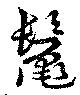
鬣